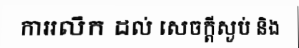
ការរលឹក ដល់ សេចក្តីស្ងប់ និង